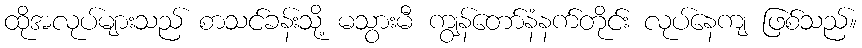
ထိုအလုပ်များသည် စာသင်ခန်းသို့ မသွားမီ ကျွန်တော်နံနက်တိုင်း လုပ်နေကျ ဖြစ်သည်။